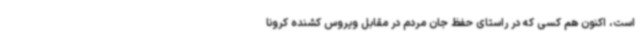
است، اکنون هم کسی که در راستای حفظ جان مردم در مقابل ویروس کشنده کرونا